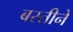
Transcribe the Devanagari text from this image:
बस्तीने